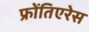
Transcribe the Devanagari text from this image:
फ्रोंतिएरेस